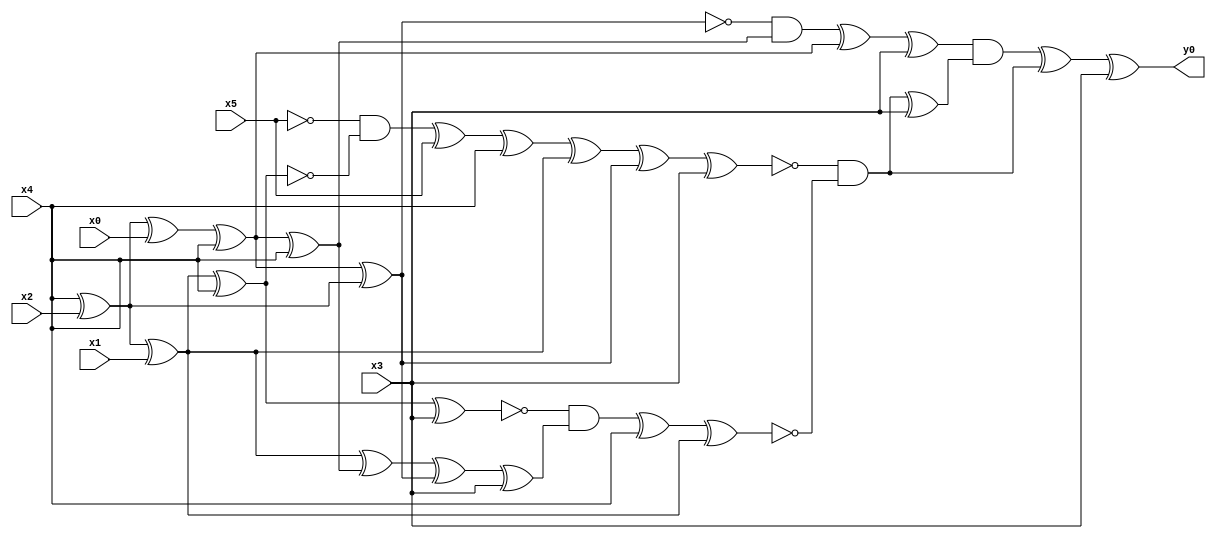
module top( x0 , x1 , x2 , x3 , x4 , x5 , y0 );
  input x0 , x1 , x2 , x3 , x4 , x5 ;
  output y0 ;
  wire n7 , n8 , n9 , n10 , n11 , n12 , n13 , n14 , n15 , n16 , n17 , n18 , n19 , n20 , n21 , n22 , n23 , n24 , n25 , n26 , n27 , n28 , n29 , n30 , n31 , n32 , n33 , n34 ;
  assign n7 = x4 ^ x2 ;
  assign n8 = n7 ^ x0 ;
  assign n9 = n8 ^ x4 ;
  assign n10 = n9 ^ n7 ;
  assign n11 = n9 ^ x4 ;
  assign n12 = ~n10 & n11 ;
  assign n13 = n12 ^ n9 ;
  assign n14 = n13 ^ x3 ;
  assign n15 = n7 ^ x1 ;
  assign n16 = n15 ^ x4 ;
  assign n17 = ~x5 & ~n16 ;
  assign n18 = n17 ^ x5 ;
  assign n19 = n18 ^ x4 ;
  assign n20 = n19 ^ n15 ;
  assign n21 = n20 ^ n10 ;
  assign n22 = n21 ^ x3 ;
  assign n23 = n16 ^ x3 ;
  assign n24 = n15 ^ n11 ;
  assign n25 = n24 ^ n10 ;
  assign n26 = n25 ^ x3 ;
  assign n27 = ~n23 & n26 ;
  assign n28 = n27 ^ x4 ;
  assign n29 = n28 ^ n15 ;
  assign n30 = ~n22 & ~n29 ;
  assign n31 = n30 ^ x3 ;
  assign n32 = n14 & n31 ;
  assign n33 = n32 ^ n30 ;
  assign n34 = n33 ^ x3 ;
  assign y0 = n34 ;
endmodule